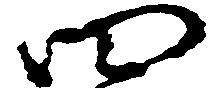
四